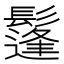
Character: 鬔